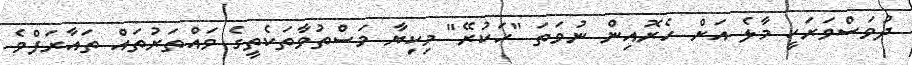
ދުވަސްވަރަކީ މާލެ އަށް ހެރޮއިން ނުވަތަ "ހަކުރޭ" މިކިޔާ މަސްތުވާތަކެތީގެ ވައްތަރުތައް ތައާރަފްވެ